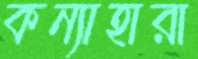
কন্যাহারা